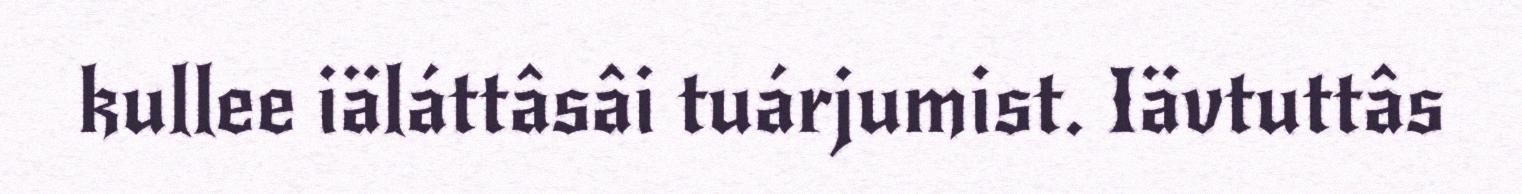
kullee iäláttâsâi tuárjumist. Iävtuttâs